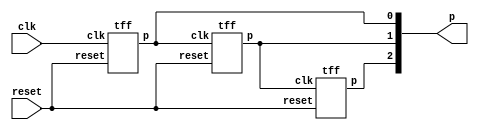
`timescale 1ns / 1ps
//////////////////////////////////////////////////////////////////////////////////
// Company: 
// Engineer: 
// 
// Design Name: 
// Module Name: up_counter_3_bit_asynch_reset
// Project Name: 
// Target Devices: 
// Tool Versions: 
// Description: 
// 
// Dependencies: 
// 
// Revision:
// Revision 0.01 - File Created
// Additional Comments:
// 
//////////////////////////////////////////////////////////////////////////////////
// it has asynchronous pins such as reset .
// It is ripple counter(asynchronous counter)

module up_counter_3_bit_asynch_reset(p,clk,reset);
 input clk,reset;
 output [2:0]p;
 tff tf1(p[0],clk,reset);
 tff tf2(p[1],p[0],reset);
 tff tf3(p[2],p[1],reset);
endmodule

module tff(p,clk,reset);
 input clk,reset;
 output  p;
 wire a; //input to d flipflop
 dff df1(p,a,clk,reset); // t flipflop can be made from d flipflop and not gate
 not n1(a,p);
 endmodule
 
module dff(p,a,clk,reset);
 input a,clk,reset;
 output reg  p;
 always @(negedge clk or negedge reset) // with neg edge of clk , it does upcounting and at posedge of clk it does down counting
 begin
  if(reset==1'b1) // if reset is activated it brings output to zero
    p=1'b0;
   else
    p=a;
  end
 endmodule